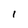
Character: l